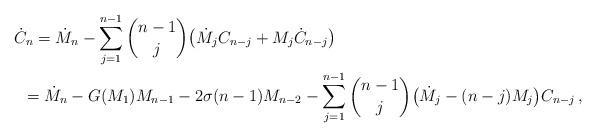
LaTeX: \begin{align*}& \dot C_n = \dot M_n - \sum_{j=1}^{n-1} \binom{n-1}{j} \big(\dot M_j C_{n-j} + M_j \dot C_{n-j} \big)\\&\,\,\, = \dot M_n - G(M_1) M_{n-1} - 2 \sigma (n-1) M_{n-2} - \sum_{j=1}^{n-1} \binom{n-1}{j} \big(\dot M_j - (n-j) M_j \big) C_{n-j}\,, \end{align*}